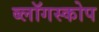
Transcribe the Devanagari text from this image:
ब्लॉगस्कोप